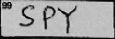
Transcription: SPY